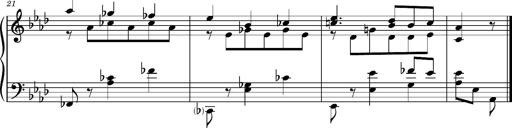
Title: Album-leaf 'Weimar II', S.166c
Composer: Franz Liszt
Key: A-flat major